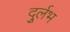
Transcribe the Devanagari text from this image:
दुर्र्लभ